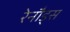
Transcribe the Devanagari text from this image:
रेनौड्स